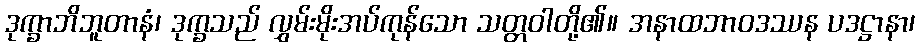
ဒုက္ခာဘိဘူတာနံ၊ ဒုက္ခသည် လွှမ်းမိုးအပ်ကုန်သော သတ္တဝါတို့၏။ အနာထဘာဝဒဿန ပဒဋ္ဌာနာ၊